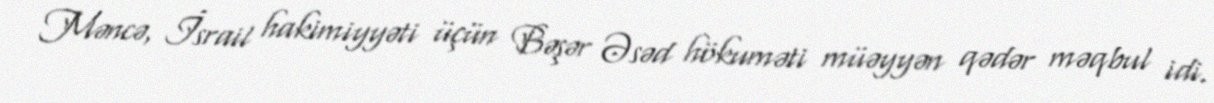
Məncə, İsrail hakimiyyəti üçün Bəşər Əsəd hökuməti müəyyən qədər məqbul idi.